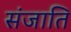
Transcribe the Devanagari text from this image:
संजाति